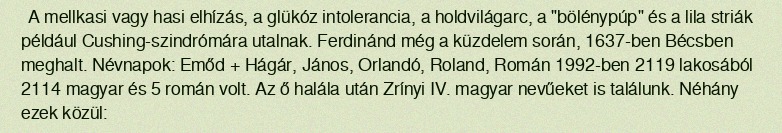
A mellkasi vagy hasi elhízás, a glükóz intolerancia, a holdvilágarc, a "bölénypúp" és a lila striák például Cushing-szindrómára utalnak. Ferdinánd még a küzdelem során, 1637-ben Bécsben meghalt. Névnapok: Emőd + Hágár, János, Orlandó, Roland, Román 1992-ben 2119 lakosából 2114 magyar és 5 román volt. Az ő halála után Zrínyi IV. magyar nevűeket is találunk. Néhány ezek közül: